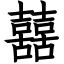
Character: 囍